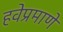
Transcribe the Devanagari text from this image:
हवेप्रमाणे